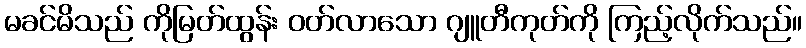
မခင်မိသည် ကိုမြတ်ထွန်း ဝတ်လာသော ဂျူတီကုတ်ကို ကြည့်လိုက်သည်။